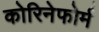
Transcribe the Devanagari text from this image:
कोरिनेफोर्म